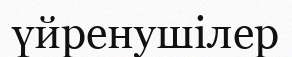
үйренушілер